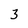
Character: 3